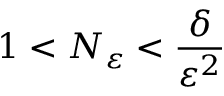
1 < N _ { \varepsilon } < \frac { \delta } { \varepsilon ^ { 2 } }